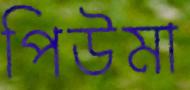
পিউমা